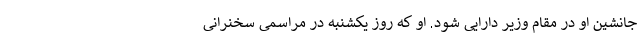
جانشین او در مقام وزیر دارایی شود. او که روز یکشنبه در مراسمی سخنرانی